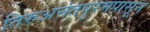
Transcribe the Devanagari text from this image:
तिरुअनंतपुरमपासून